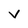
Character: V